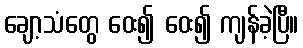
ချော့သံတွေ ဝေး၍ ဝေး၍ ကျန်ခဲ့ပြီ။